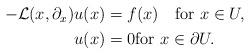
LaTeX: \begin{align*} \begin{aligned} -{\mathcal L}(x,\partial_x)u(x)&=f(x) \quad\hbox{for}\ x\in U, \\ u(x)&=0 \hbox{for}\ x\in\partial U. \end{aligned} \end{align*}